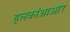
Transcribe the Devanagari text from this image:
हलकोंआओर